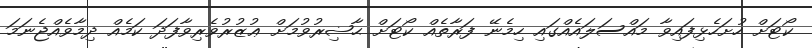
ކޯޓަށް ހުށަހެޅިފައިވާ މައްސަލައެއްގައި ހިމެނޭ ފަރާތެއް ކޯޓަށް ޙާޟިރުވުމަށް ޢުޒުރުވެރިވާފަދަ ކަމެއް ދިމާވެއްޖެނަމަ